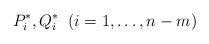
LaTeX: \begin{align*}{P}^{\ast}_i, {Q}^{\ast}_i \;\; (i=1,\dots, n-m)\end{align*}